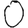
Digit: 0